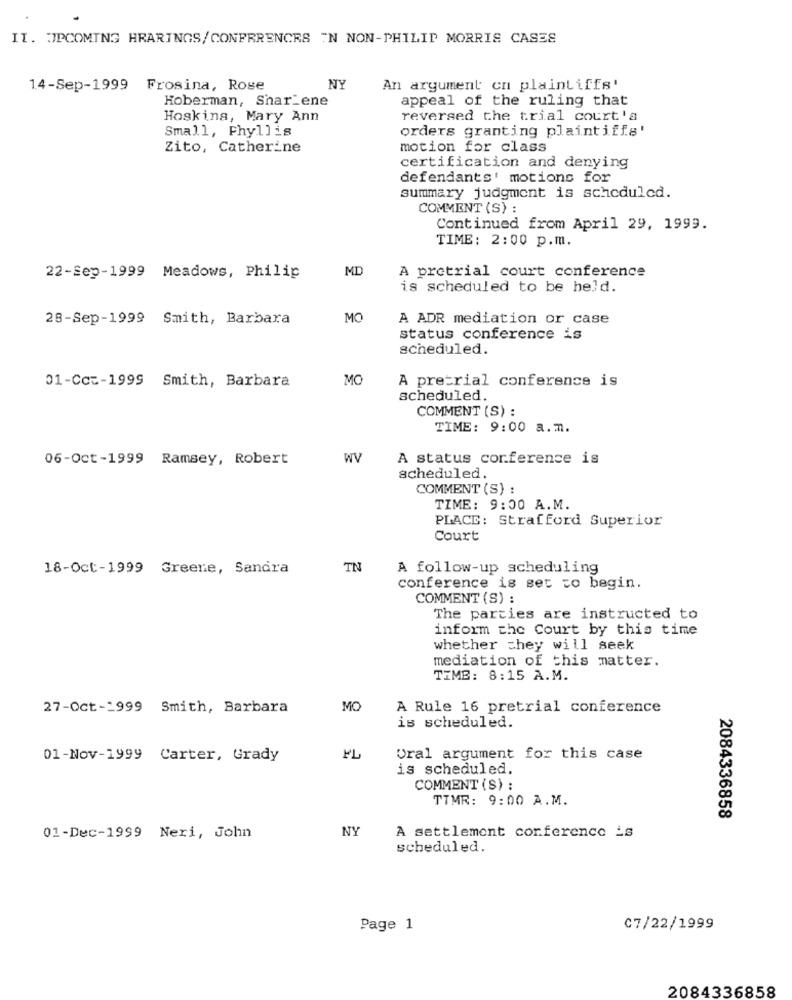
IT. UPCOMING HRARINGS/ CONFERENCES " N NON-PHILIP MORRIS CASES
14-Sep-1999 Frosina, Rose
NY
An argument en plaintiffs'
Hoberman, Shar_ene
appeal of the ruling that
Hoskins, Mary Ann
reversed the trial court's
Small, Fhyllis
orders granting plaintiffs'
Zito, Catherine
motion for class
certification and denying
defendants' motions for
summary judgment is scheduled.
COMMENT (S) :
Continued from April 29, 1999.
TIME: 2:00 p.m.
MD
22-Sep-1999 Meadows, Philip
A pretrial court conference
is scheduled to be held.
28-Sep-1999 Smith, Barbara
MO
A ADR mediation or case
status conference is
scheduled.
MO
A pretrial conference is
01-Ccc-1999 Smith, Barbara
scheduled.
COMMENT (S) :
TIME: 9:00 a.m.
06-Oct-1999 Ramsey, Robert
WV
A status conference is
scheduled
COMMENT (S) :
TIME: 9:00 A.M.
PLACE: Strafford Superior
Court
18-Oct-1999 Greene, Sandra
TN
A follow-up scheduling
conference is set to begin.
COMMENT (S) :
The parties are instructed to
inform the Court by this time
whether they will seek
mediation of this matter.
TIMB: 8:15 A.M.
27-Oct-1999 Smith, Barbara
MO
A Rule 16 pretrial conference
is scheduled.
01-Nov-1999 Carter, Grady
PL
Oral argument for this case
is scheduled.
COMMENT (S) :
TTMR: 9:00 A.M.
2084336858
NY
A settlement conference _s
01-Dec-1999 Neri, John
scheduled.
Page 1
C7/22/1999
2084336858